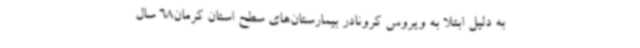
به دلیل ابتلا به ویروس کرونادر بیمارستان‌های سطح استان کرمان68 سال